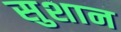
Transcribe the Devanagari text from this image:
सुशान